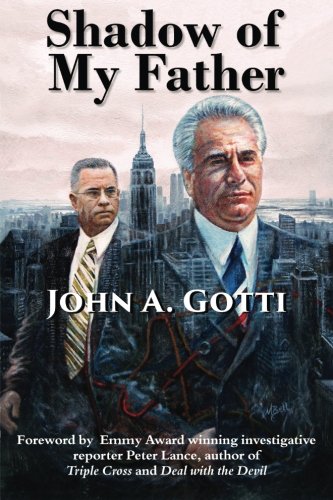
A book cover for Shadow of My Father; John A. Gotti; Biographies & Memoirs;